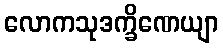
လောကသုဒက္ခိဏေယျာ